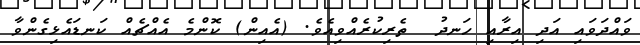
ވައްދަވައި އަދި އިރާއި ހަނދު  ތެރިކުރެއްވިއެވެ. (އެއިން) ކޮންމެ އެއްޗެއް ކަނޑައެޅިގެންވާ